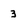
Character: 3